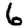
Digit: 6